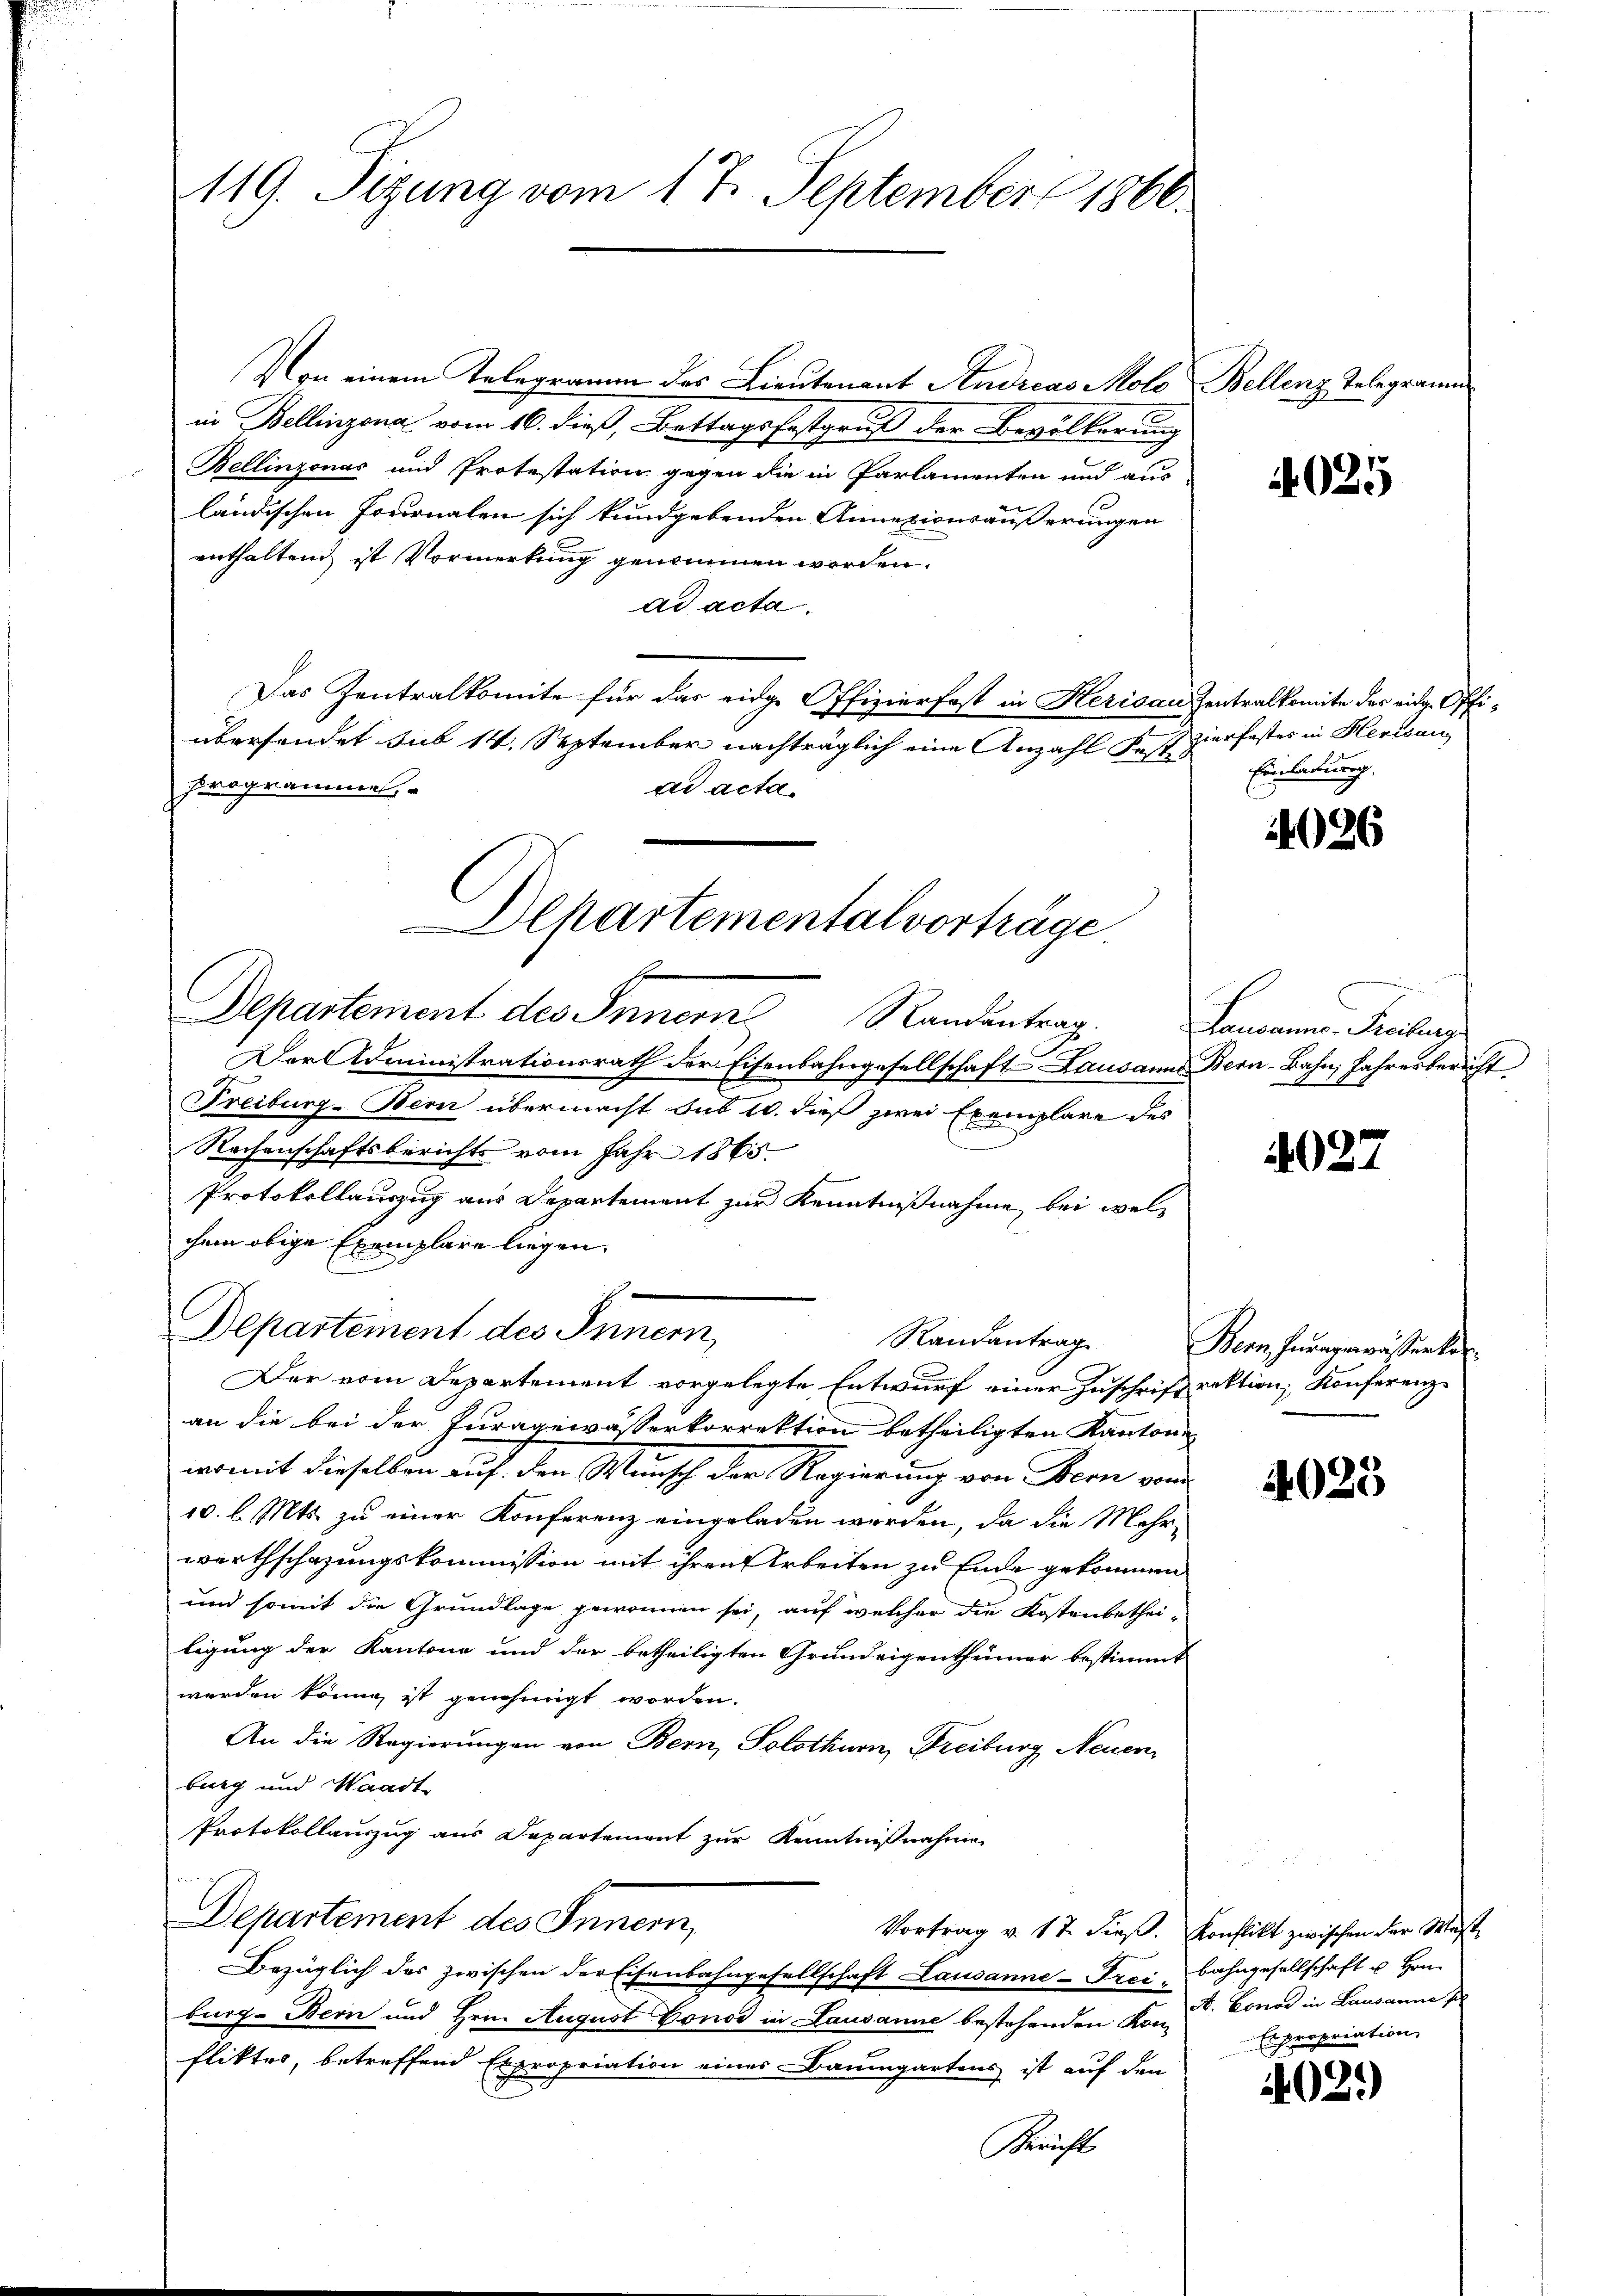
119. Sizung vom 17. September 1860

Von einem Telegramm des Lieutenant Andreas Molo Bellenz Telegramms
in Bellinzona vom 16. dieß, Bettagsfestgruß der Bevölkerung
Bellinzonas und Protestation gegen die in Parlamenten und aus
ländischen Journalen sich kundgebenden Annationsäußerungen
enthaltend ist Vormerkung genommen worden.
ad acta.
Das Zentralkomite für das eidge Offizierfast in Herisau Zentralkomite der eidg. Offiübersendet sub 14. September nachträglich eine Anzahl Fests
Programmen
ad acta.
Departement des Innern Randantrag. Lausanne. Freibend
Der Administrationsrath der Eisenbahngesellschaft Lausann Bern-Bahn, Jahresbericht
Freiburg-Bern übermacht sub 10. dieß zwei Exemplare des
Rachenschaftsberichts vom Jahr 1865.
Protokollauszug aus Departement zur Kenntnißnahme bei welchem obige Exemplare liegen.
Departement des Innern,
Randantrag
Der vom Departement vorgelegte Entwurf einer Zuschrift rektion, Konferenzan die bei der Juragewässerkorrektion betheiligten Kantone
womit dieselben auf den Wunsch der Regierung von Bern von
10. l. Mts. zu einer Konferenz eingeladen werden, da die Mehrwerthschazungskommission mit ihren Arbeiten zu Ende gekommen
und somit die Grundlage gewonnen sei, auf welcher die Kostenbethei-
ligung der Kantone und der betheiligten Grundeigenthümer bestimmt
werden könne, ist genehmigt worden.
An die Regierungen von Bern, Solothurn, Freiburg, Neuen
burg und Waadt
Protokollauszug aus Departement zur Kenntnißnahme
Departement des Innern,
Vortrag v. 17. dieß. Konflikt zwischen der West-
Bezüglich des zwischen der Eisenbahngesellschaft Lausanne-Frei, Bahngesellschaft u. Hrn.
burg - Bern und Hrn. August Conos in Lausanne bestehenden Kon-
fliktes, betreffend Expropriation eines Baumgartens ist auf den
Bericht

Departemental vorträge

4025

zierfestes in Herisau
Einladung.

4026

1

4027

Bern herarmen stirten

4023

A. Bonad in Lausanne s
Es propriation,

4021)